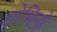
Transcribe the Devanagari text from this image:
तोमिनो